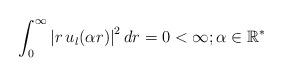
LaTeX: \begin{align*}\int_{0}^{\infty} \left| r \, u_{l}(\alpha r)\right|^{2} dr=0<\infty; \alpha \in \mathbb{R}^{*} \end{align*}